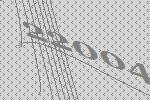
22004